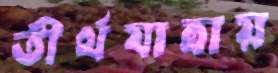
তীর্থযাত্রায়